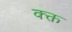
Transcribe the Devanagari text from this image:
क्क्त